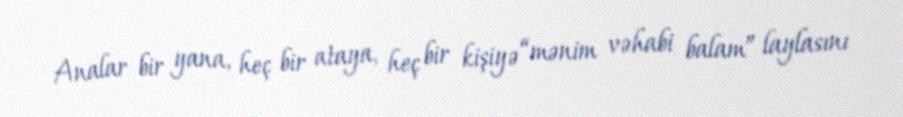
Analar bir yana, heç bir ataya, heç bir kişiyə “mənim vəhabi balam” laylasını